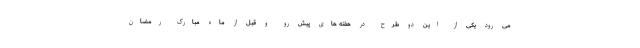
می رود یکی از این دو طرح در هفته های پیش رو و قبل از ماه مبارک رمضان